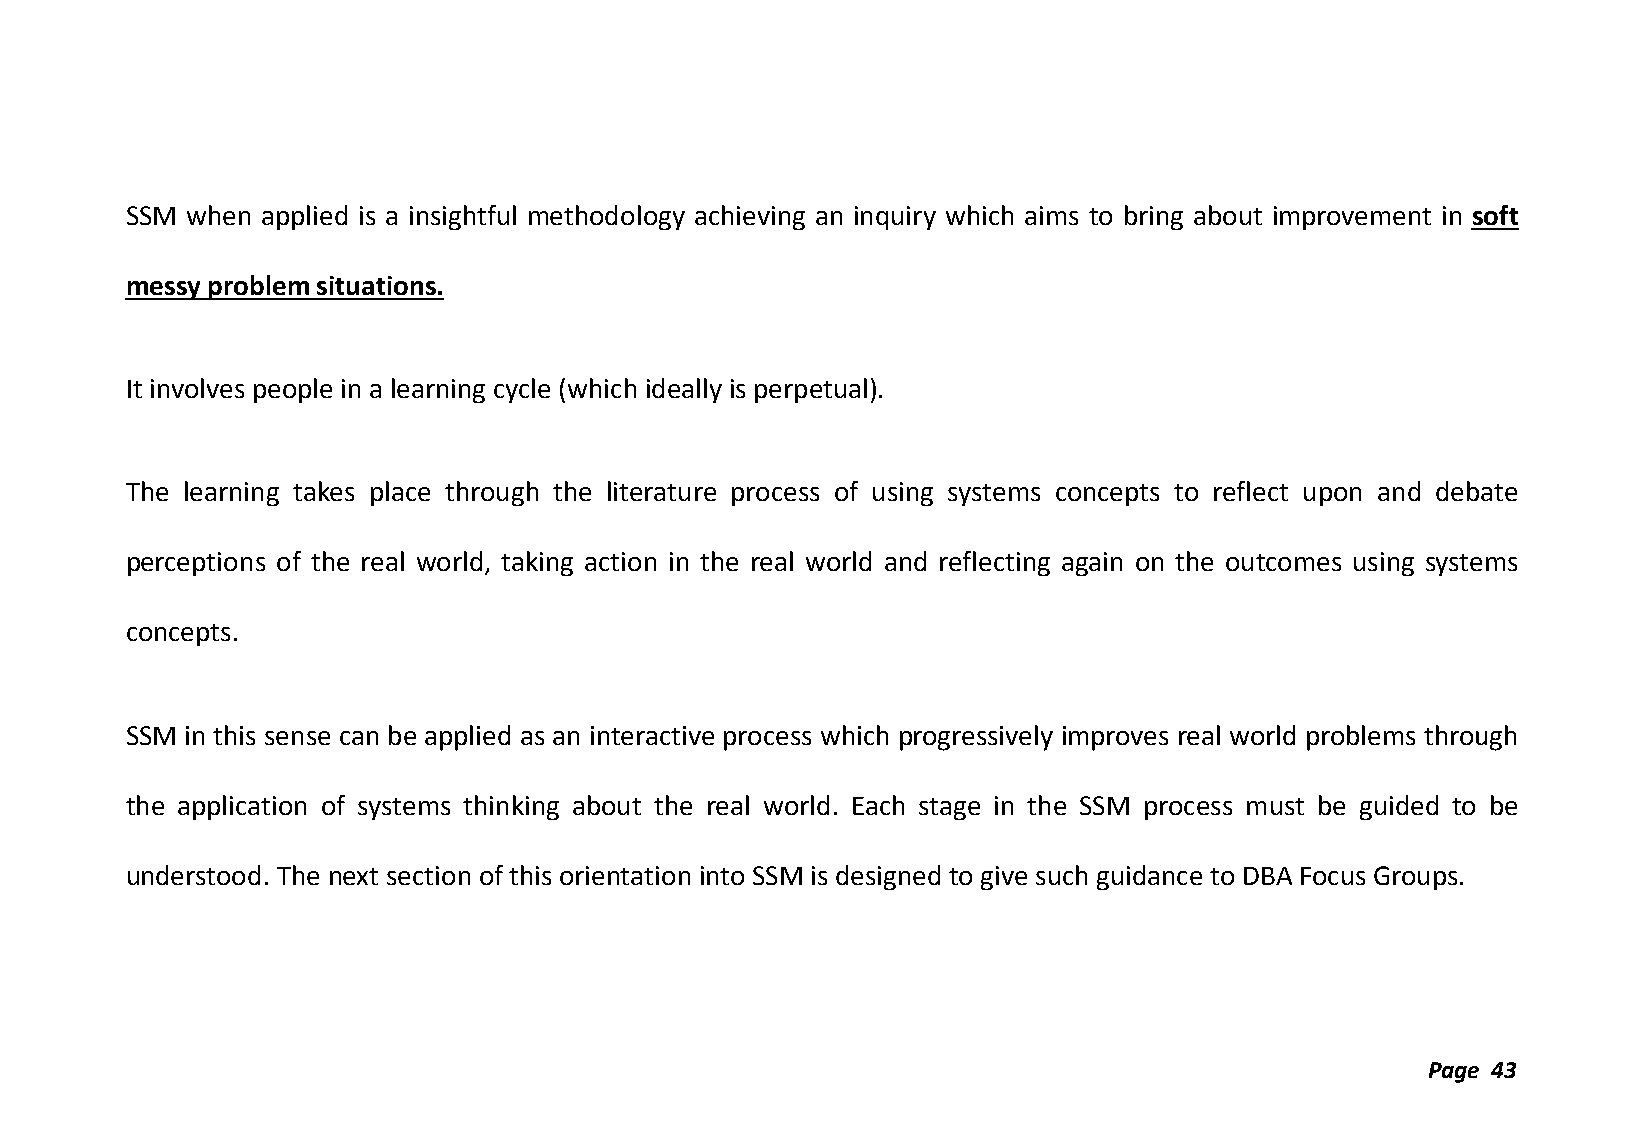
SSM when applied is a insightful methodology achieving an inquiry which aims to bring about improvement in soft
 messy problem situations.
 It involves people in a learning cycle (which ideally is perpetual).
 The learning takes place through the literature process of using systems concepts to reflect upon and debate
 perceptions of the real world, taking action in the real world and reflecting again on the outcomes using systems
 concepts.
 SSM in this sense can be applied as an interactive process which progressively improves real world problems through
 the application of systems thinking about the real world. Each stage in the SSM process must be guided to be
 understood. The next section of this orientation into SSM is designed to give such guidance to DBA Focus Groups.
 Page 43